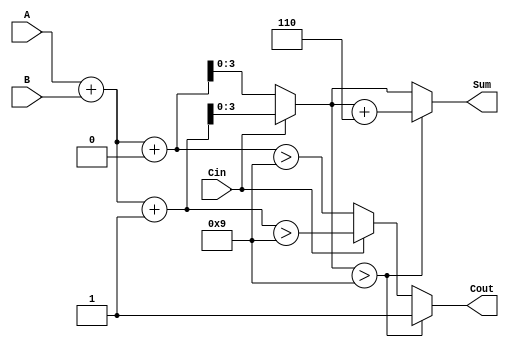
module BCD_MCSA (
    input [3:0] A,      // First BCD digit
    input [3:0] B,      // Second BCD digit
    input Cin,          // Carry-in
    output reg [3:0] Sum, // BCD Sum output
    output reg Cout      // Carry-out
);

    // Intermediate sum signals
    wire [4:0] S0, S1;  // 5 bits to accommodate carry
    wire C0, C1;        // Carry signals

    // Preliminary sum calculations
    assign S0 = A + B + 0; // When Cin = 0
    assign S1 = A + B + 1; // When Cin = 1

    // Carry generation
    assign C0 = (S0 > 9);  // Carry out for Cin = 0
    assign C1 = (S1 > 9);  // Carry out for Cin = 1

    // Final sum and carry selection based on Cin
    always @(*) begin
        if (Cin == 0) begin
            Sum = S0;
            Cout = C0;
        end else begin
            Sum = S1;
            Cout = C1;
        end

        // BCD correction logic
        if (Sum > 9) begin
            Sum = Sum + 6; // Add 6 for BCD correction
            Cout = 1;      // Set carry out if correction is applied
        end else begin
            Cout = Cout;   // Maintain carry out from selection
        end
    end

endmodule